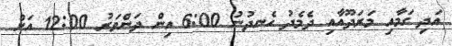
އަދި ގަމާއި މަރަދޫއާއި ދެމެދު ހެނދުނު 6:00 އިން ދަންވަރު 12:00 އަށް